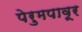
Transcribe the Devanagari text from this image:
पेरुमपावूर